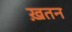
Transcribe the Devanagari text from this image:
ख़तन